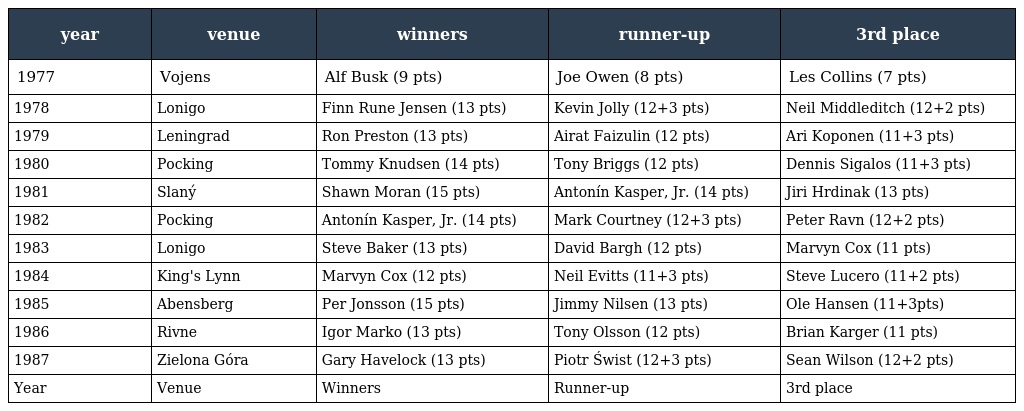
| year | venue | winners | runner-up | 3rd place |
 | --- | --- | --- | --- | --- |
 | 1977 | Vojens | Alf Busk (9 pts) | Joe Owen (8 pts) | Les Collins (7 pts) |
 | 1978 | Lonigo | Finn Rune Jensen (13 pts) | Kevin Jolly (12+3 pts) | Neil Middleditch (12+2 pts) |
 | 1979 | Leningrad | Ron Preston (13 pts) | Airat Faizulin (12 pts) | Ari Koponen (11+3 pts) |
 | 1980 | Pocking | Tommy Knudsen (14 pts) | Tony Briggs (12 pts) | Dennis Sigalos (11+3 pts) |
 | 1981 | Slaný | Shawn Moran (15 pts) | Antonín Kasper, Jr. (14 pts) | Jiri Hrdinak (13 pts) |
 | 1982 | Pocking | Antonín Kasper, Jr. (14 pts) | Mark Courtney (12+3 pts) | Peter Ravn (12+2 pts) |
 | 1983 | Lonigo | Steve Baker (13 pts) | David Bargh (12 pts) | Marvyn Cox (11 pts) |
 | 1984 | King's Lynn | Marvyn Cox (12 pts) | Neil Evitts (11+3 pts) | Steve Lucero (11+2 pts) |
 | 1985 | Abensberg | Per Jonsson (15 pts) | Jimmy Nilsen (13 pts) | Ole Hansen (11+3pts) |
 | 1986 | Rivne | Igor Marko (13 pts) | Tony Olsson (12 pts) | Brian Karger (11 pts) |
 | 1987 | Zielona Góra | Gary Havelock (13 pts) | Piotr Świst (12+3 pts) | Sean Wilson (12+2 pts) |
 | Year | Venue | Winners | Runner-up | 3rd place |